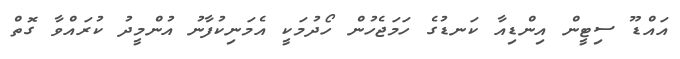
އައްޑޫ ސިޓީން އިންޑިއާ ކަނޑުގެ ހަމަޖެހުން ހޯދުމަކީ އެމަނިކުފާނު އުންމީދު ކުރައްވާ ގޮތް